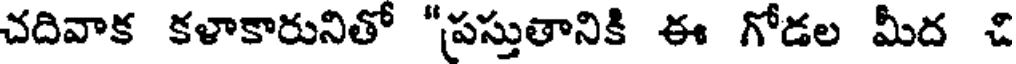
చదివాక కళాకారునితో "పస్తుతానికి ఈ గోడల మీద చి